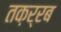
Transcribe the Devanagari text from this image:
तक़र्रब